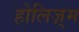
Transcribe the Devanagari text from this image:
होलिज़्म